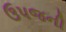
ઉપજની